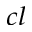
_ { c l }